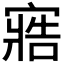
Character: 𭔏